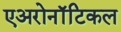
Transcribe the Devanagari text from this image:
एअरोनॉटिकल